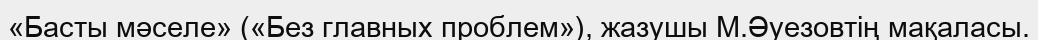
«Басты мәселе» («Без главных проблем»), жазушы М.Әуезовтің мақаласы.